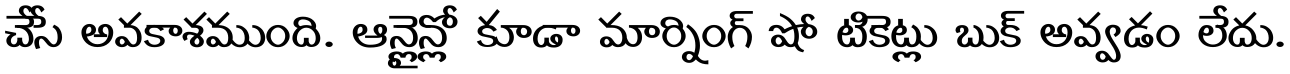
చేసే అవకాశముంది. ఆన్లైన్లో కూడా మార్నింగ్ షో టికెట్లు బుక్ అవ్వడం లేదు.